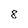
Character: 8